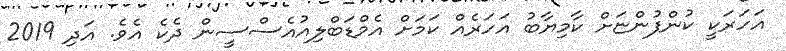
އަހަރަކީ ކުންފުންޏަށް ކާމިޔާބު އަހަރެއް ކަމަށް އެމްޑަބްލިއުއެސްސީން ދެކެ އެވެ. އަދި 2019